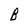
Character: B